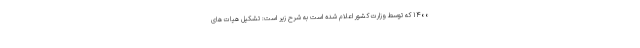
۱۴۰۰ که توسط وزارت کشور اعلام شده است به شرح زیر است: تشکیل هیات های